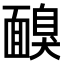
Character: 𩈸